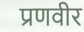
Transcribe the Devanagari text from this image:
प्रणवीर